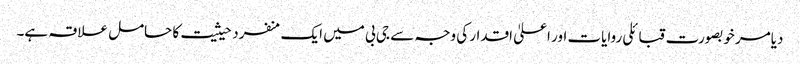
دیامر خوبصورت قبائلی روایات اور اعلیٰ اقدار کی وجہ سے جی بی میں ایک منفرد حیثیت کا حامل علاقہ ہے۔